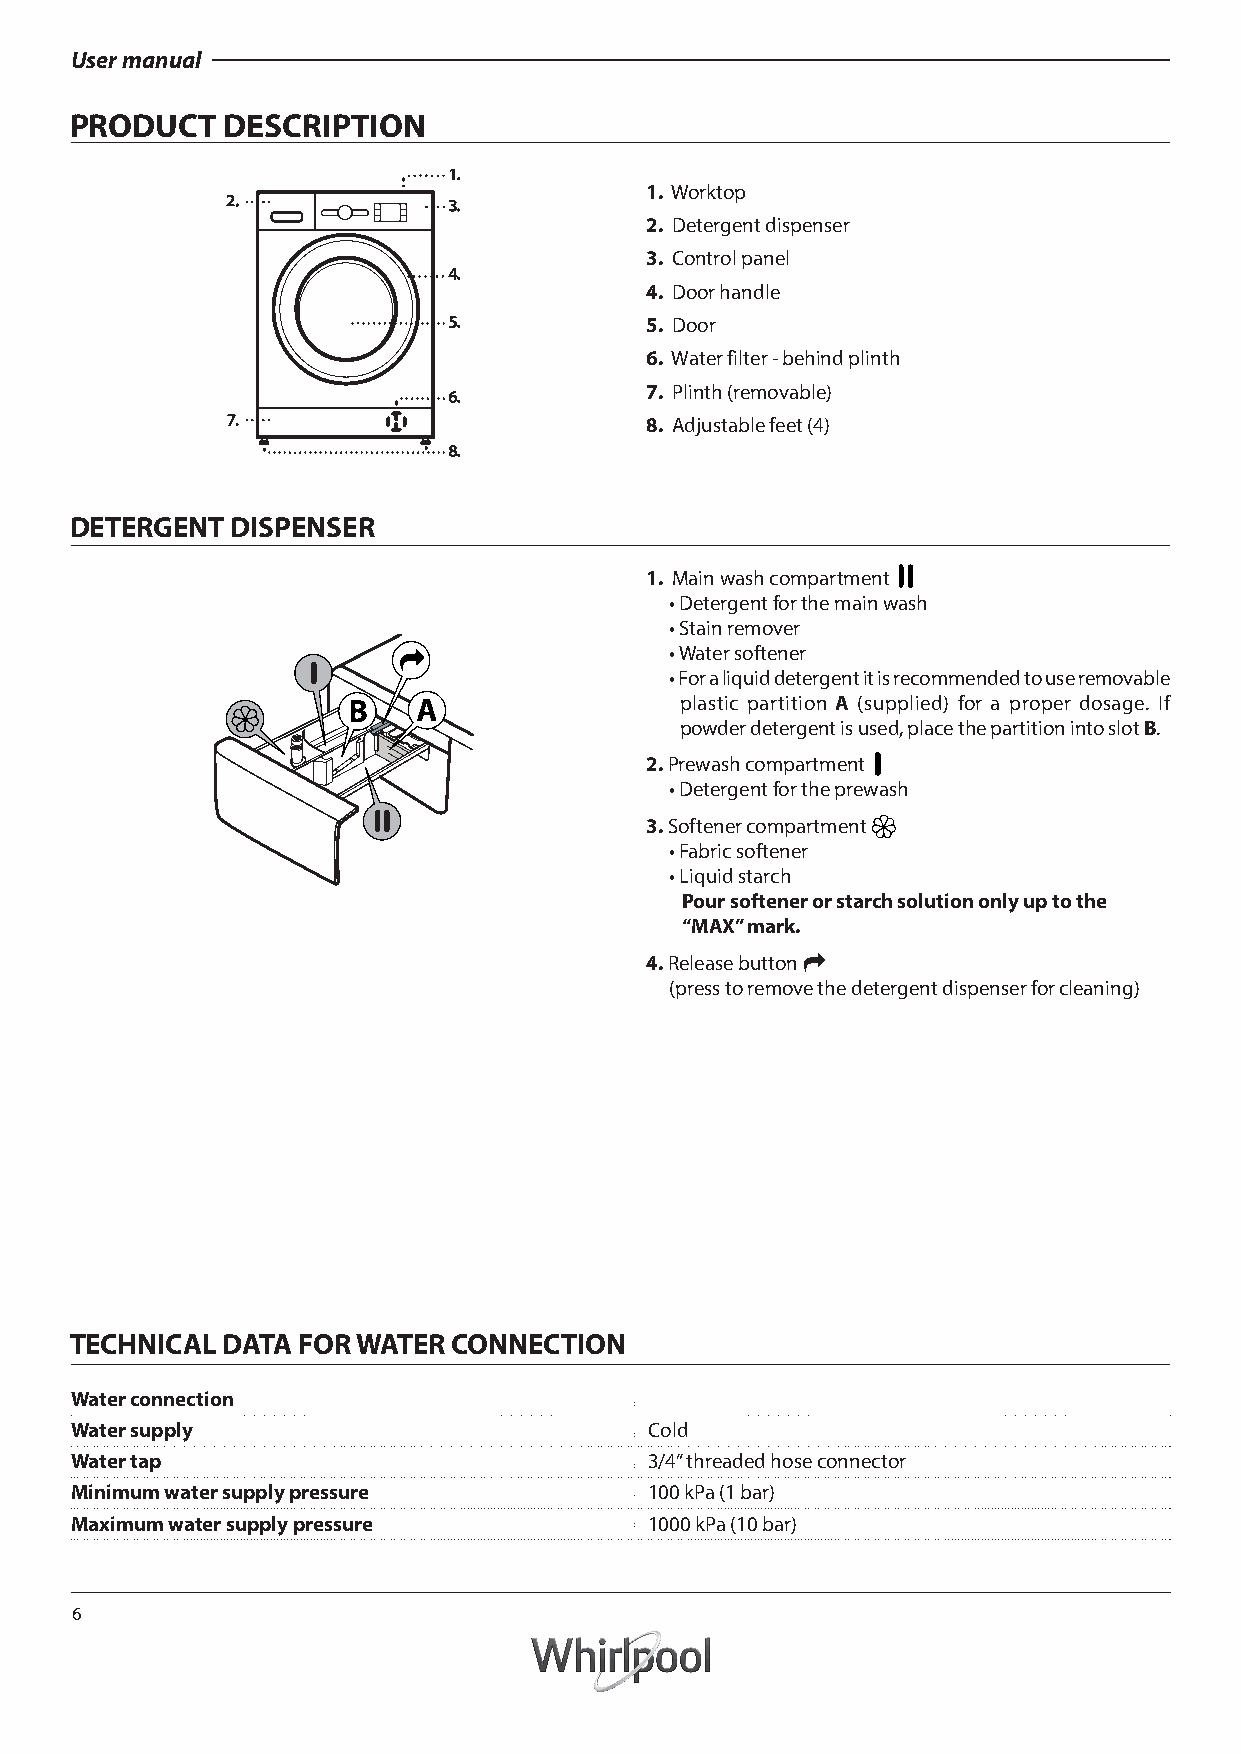
User manual
 PRODUCT   DESCRIPTION
 1. Worktop
 2. Detergent dispenser
 3. Control panel
 4. Door handle
 5. Door
 6. Water filter - behind plinth
 7. Plinth (removable)
 8. Adjustable feet (4)
 DETERGENT DISPENSER
 1. Main wash compartment
 •Detergent for the main wash
 •Stain remover
 • Water softener
 • For a liquid detergent it is recommended to use removable
 plastic partition A (supplied) for a proper dosage. If
 powder detergent is used, place the partition into slot B.
 2.Prewash compartment
 •Detergent for the prewash
 3.Softener compartment
 •Fabric softener
 •Liquid starch
 Pour softener or starch solution only up to the
 “MAX” mark.
 4.Release button
 (press to remove the detergent dispenser for cleaning)
 TECHNICAL DATA FOR WATER CONNECTION
 Water connection
 Water supply                          Cold
 Water tap                             3/4” threaded hose connector
 Minimum water supply pressure         100 kPa (1 bar)
 Maximum water supply pressure         1000 kPa (10 bar)
 6